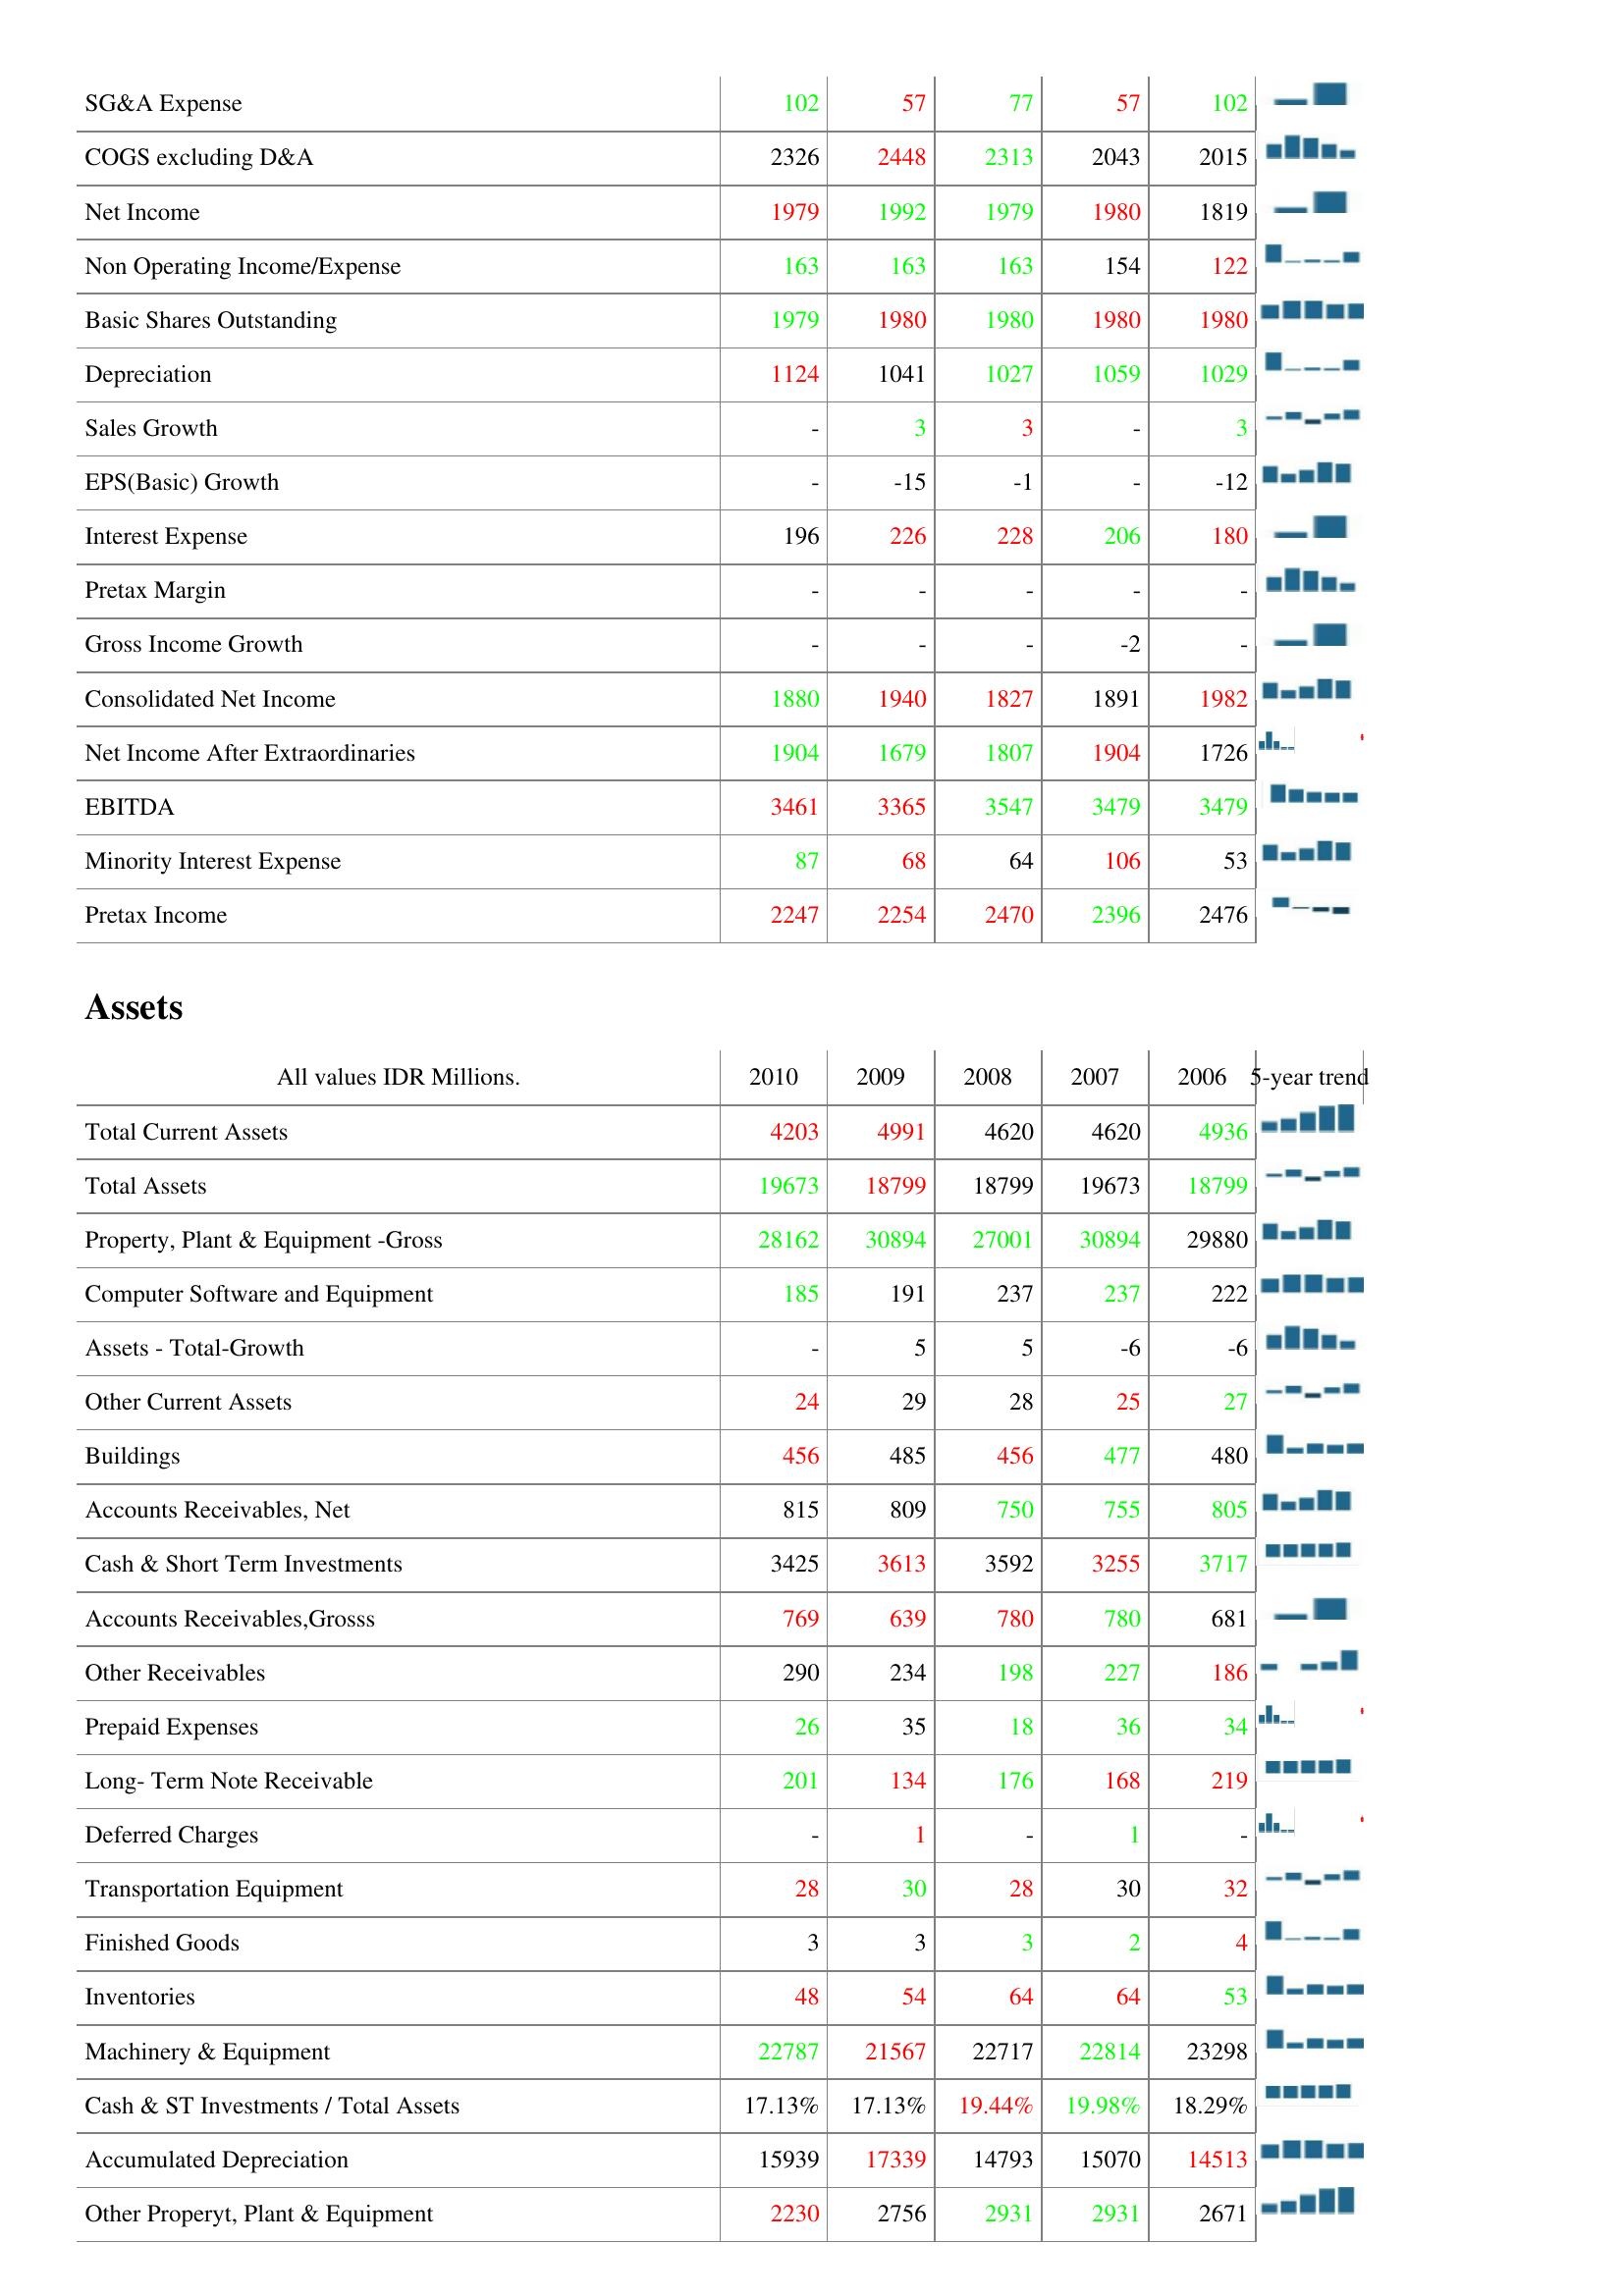
2010: : SG&A Expense: 102
COGS excluding D&A: 2326
Net Income: 1979
Non Operating Income/Expense: 163
Basic Shares Outstanding: 1979
Depreciation: 1124
Sales Growth: -
EPS(Basic) Growth: -
Interest Expense: 196
Pretax Margin: -
Gross Income Growth: -
Consolidated Net Income: 1880
Net Income After Extraordinaries: 1904
EBITDA: 3461
Minority Interest Expense: 87
Pretax Income: 2247
Assets: Total Current Assets: 4203
Total Assets: 19673
Property, Plant & Equipment -Gross: 28162
Computer Software and Equipment: 185
Assets - Total-Growth: -
Other Current Assets: 24
Buildings: 456
Accounts Receivables, Net: 815
Cash & Short Term Investments: 3425
Accounts Receivables,Grosss: 769
Other Receivables: 290
Prepaid Expenses: 26
Long- Term Note Receivable: 201
Deferred Charges: -
Transportation Equipment: 28
Finished Goods: 3
Inventories: 48
Machinery & Equipment: 22787
Cash & ST Investments / Total Assets: 17.13%
Accumulated Depreciation: 15939
Other Properyt, Plant & Equipment: 2230
2009: : SG&A Expense: 57
COGS excluding D&A: 2448
Net Income: 1992
Non Operating Income/Expense: 163
Basic Shares Outstanding: 1980
Depreciation: 1041
Sales Growth: 3
EPS(Basic) Growth: -15
Interest Expense: 226
Pretax Margin: -
Gross Income Growth: -
Consolidated Net Income: 1940
Net Income After Extraordinaries: 1679
EBITDA: 3365
Minority Interest Expense: 68
Pretax Income: 2254
Assets: Total Current Assets: 4991
Total Assets: 18799
Property, Plant & Equipment -Gross: 30894
Computer Software and Equipment: 191
Assets - Total-Growth: 5
Other Current Assets: 29
Buildings: 485
Accounts Receivables, Net: 809
Cash & Short Term Investments: 3613
Accounts Receivables,Grosss: 639
Other Receivables: 234
Prepaid Expenses: 35
Long- Term Note Receivable: 134
Deferred Charges: 1
Transportation Equipment: 30
Finished Goods: 3
Inventories: 54
Machinery & Equipment: 21567
Cash & ST Investments / Total Assets: 17.13%
Accumulated Depreciation: 17339
Other Properyt, Plant & Equipment: 2756
2008: : SG&A Expense: 77
COGS excluding D&A: 2313
Net Income: 1979
Non Operating Income/Expense: 163
Basic Shares Outstanding: 1980
Depreciation: 1027
Sales Growth: 3
EPS(Basic) Growth: -1
Interest Expense: 228
Pretax Margin: -
Gross Income Growth: -
Consolidated Net Income: 1827
Net Income After Extraordinaries: 1807
EBITDA: 3547
Minority Interest Expense: 64
Pretax Income: 2470
Assets: Total Current Assets: 4620
Total Assets: 18799
Property, Plant & Equipment -Gross: 27001
Computer Software and Equipment: 237
Assets - Total-Growth: 5
Other Current Assets: 28
Buildings: 456
Accounts Receivables, Net: 750
Cash & Short Term Investments: 3592
Accounts Receivables,Grosss: 780
Other Receivables: 198
Prepaid Expenses: 18
Long- Term Note Receivable: 176
Deferred Charges: -
Transportation Equipment: 28
Finished Goods: 3
Inventories: 64
Machinery & Equipment: 22717
Cash & ST Investments / Total Assets: 19.44%
Accumulated Depreciation: 14793
Other Properyt, Plant & Equipment: 2931
2007: : SG&A Expense: 57
COGS excluding D&A: 2043
Net Income: 1980
Non Operating Income/Expense: 154
Basic Shares Outstanding: 1980
Depreciation: 1059
Sales Growth: -
EPS(Basic) Growth: -
Interest Expense: 206
Pretax Margin: -
Gross Income Growth: -2
Consolidated Net Income: 1891
Net Income After Extraordinaries: 1904
EBITDA: 3479
Minority Interest Expense: 106
Pretax Income: 2396
Assets: Total Current Assets: 4620
Total Assets: 19673
Property, Plant & Equipment -Gross: 30894
Computer Software and Equipment: 237
Assets - Total-Growth: -6
Other Current Assets: 25
Buildings: 477
Accounts Receivables, Net: 755
Cash & Short Term Investments: 3255
Accounts Receivables,Grosss: 780
Other Receivables: 227
Prepaid Expenses: 36
Long- Term Note Receivable: 168
Deferred Charges: 1
Transportation Equipment: 30
Finished Goods: 2
Inventories: 64
Machinery & Equipment: 22814
Cash & ST Investments / Total Assets: 19.98%
Accumulated Depreciation: 15070
Other Properyt, Plant & Equipment: 2931
2006: : SG&A Expense: 102
COGS excluding D&A: 2015
Net Income: 1819
Non Operating Income/Expense: 122
Basic Shares Outstanding: 1980
Depreciation: 1029
Sales Growth: 3
EPS(Basic) Growth: -12
Interest Expense: 180
Pretax Margin: -
Gross Income Growth: -
Consolidated Net Income: 1982
Net Income After Extraordinaries: 1726
EBITDA: 3479
Minority Interest Expense: 53
Pretax Income: 2476
Assets: Total Current Assets: 4936
Total Assets: 18799
Property, Plant & Equipment -Gross: 29880
Computer Software and Equipment: 222
Assets - Total-Growth: -6
Other Current Assets: 27
Buildings: 480
Accounts Receivables, Net: 805
Cash & Short Term Investments: 3717
Accounts Receivables,Grosss: 681
Other Receivables: 186
Prepaid Expenses: 34
Long- Term Note Receivable: 219
Deferred Charges: -
Transportation Equipment: 32
Finished Goods: 4
Inventories: 53
Machinery & Equipment: 23298
Cash & ST Investments / Total Assets: 18.29%
Accumulated Depreciation: 14513
Other Properyt, Plant & Equipment: 2671